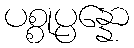
ပစ္စုပ္ပန္နော